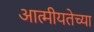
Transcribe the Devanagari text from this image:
आत्मीयतेच्या